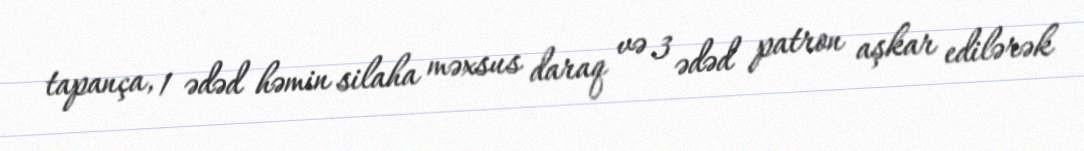
tapança, 1 ədəd həmin silaha məxsus daraq və 3 ədəd patron aşkar edilərək